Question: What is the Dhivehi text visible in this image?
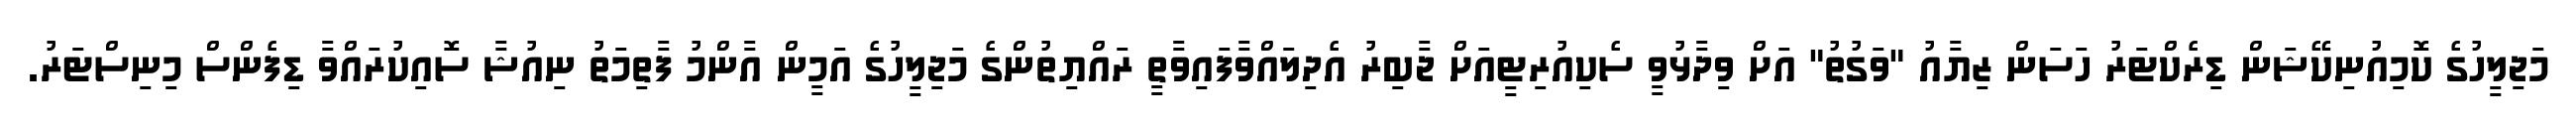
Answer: މަޖިލީހުގެ ކޮމިއުނިކޭޝަން ޑިރެކްޓަރު ހަސަން ޒިޔާއު "ވަގުތު" އަށް ވިދާޅުވީ ސެކިއުރިޓީއަށް ޖާބިރު އެދިލައްވާފައިވާތީ ރައްޔިތުންގެ މަޖިލީހުގެ އަމީން އާންމު ފާތިމަތު ނިއުޝާ ސޮއިކުރައްވާ ޑިފެންސް މިނިސްޓަރު.